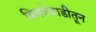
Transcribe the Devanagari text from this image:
बिबवेवाडीतून